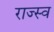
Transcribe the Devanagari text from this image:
राज्स्व